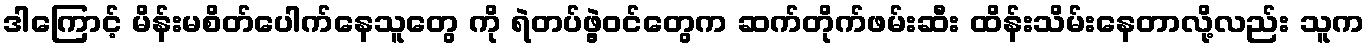
ဒါကြောင့် မိန်းမစိတ်ပေါက်နေသူတွေ ကို ရဲတပ်ဖွဲ့ဝင်တွေက ဆက်တိုက်ဖမ်းဆီး ထိန်းသိမ်းနေတာလို့လည်း သူက